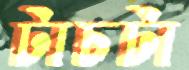
টাচটা